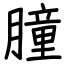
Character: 朣